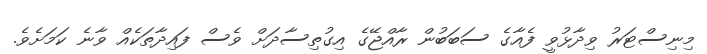
މިނިސްޓަރު ވިދާޅުވީ ފެއާގެ ސަބަބުން ރާއްޖޭގެ އިގުތިސާދަށް ވެސް ފައިދާތަކެއް ވާނެ ކަމަށެވެ.